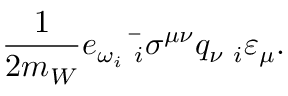
\frac { 1 } { 2 m _ { W } } e _ { \omega _ { i } } \bar { { \bf \omega } _ { i } } \sigma ^ { \mu \nu } q _ { \nu } { \bf \omega } _ { i } \varepsilon _ { \mu } .